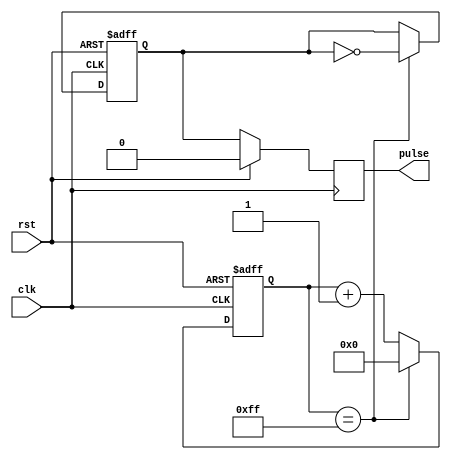
module pulse_generator (
    input wire clk,
    input wire rst,
    output reg pulse
);

reg [7:0] counter;
reg pulse_gen;
    
always @(posedge clk or posedge rst) begin
    if (rst) begin
        counter <= 0;
        pulse_gen <= 0;
    end else begin
        counter <= counter + 1;
        if (counter == 8'b11111111) begin
            counter <= 0;
            pulse_gen <= ~pulse_gen;
        end
    end
end

always @(posedge clk) begin
    if (rst) begin
        pulse <= 0;
    end else begin
        pulse <= pulse_gen;
    end
end

endmodule